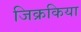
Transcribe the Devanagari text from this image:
जिक्रकिया